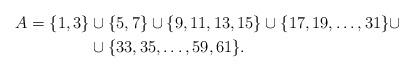
LaTeX: \begin{align*}A=\{1,3\}&\cup\{5,7\}\cup\{9,11,13,15\}\cup\{17,19,\dots,31\}\cup\\&\cup\{33,35,\dots,59,61\}.\end{align*}